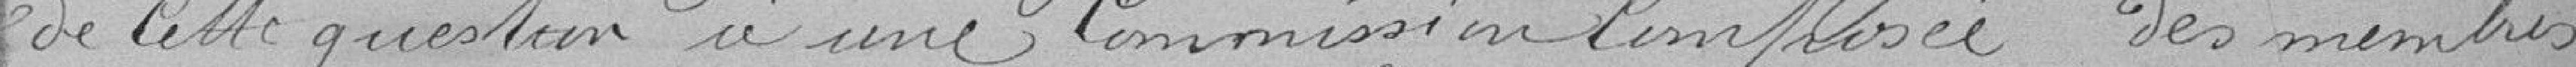
de cette question à une Commission composée des membres